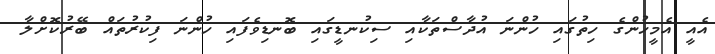
އެއީ އެމީހުންގެ ހިތުގައި ހުންނަ އުދާސްތަކާއި ސިކުނޑީގައި ބޮނޑިވެފައި ހުންނަ ފިކުރުތައް ބޭރުކޮށްލާ